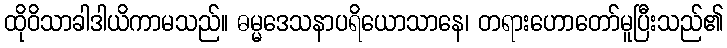
ထိုဝိသာခါဒါယိကာမသည်။ ဓမ္မဒေသနာပရိယောသာနေ၊ တရားဟောတော်မူပြီးသည်၏